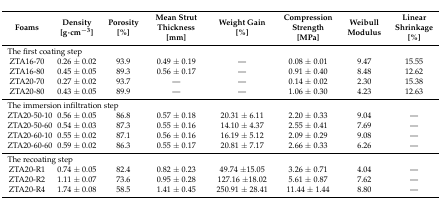
| Foams | Density [g·cm−3] | Porosity [%] | Mean Strut Thickness [mm] | Weight Gain [%] | Compression Strength [MPa] | Weibull Modulus | Linear Shrinkage [%] |
 | --- | --- | --- | --- | --- | --- | --- | --- |
 | <COLSPAN=8> The first coating step |
 | ZTA16-70 | 0.26 ± 0.02 | 93.9 | 0.49 ± 0.19 | — | 0.08 ± 0.01 | 9.47 | 15.55 |
 | ZTA16-80 | 0.45 ± 0.05 | 89.3 | 0.56 ± 0.17 | — | 0.91 ± 0.40 | 8.48 | 12.62 |
 | ZTA20-70 | 0.27 ± 0.02 | 93.7 | — | — | 0.14 ± 0.02 | 2.30 | 15.38 |
 | ZTA20-80 | 0.43 ± 0.05 | 89.9 | — | — | 1.06 ± 0.30 | 4.23 | 12.63 |
 | <COLSPAN=8> The immersion infiltration step |
 | ZTA20-50-10 | 0.56 ± 0.05 | 86.8 | 0.57 ± 0.18 | 20.31 ± 6.11 | 2.20 ± 0.33 | 9.04 | — |
 | ZTA20-50-60 | 0.54 ± 0.03 | 87.3 | 0.55 ± 0.16 | 14.10 ± 4.37 | 2.55 ± 0.41 | 7.69 | — |
 | ZTA20-60-10 | 0.55 ± 0.02 | 87.1 | 0.56 ± 0.16 | 16.19 ± 5.12 | 2.09 ± 0.29 | 9.08 | — |
 | ZTA20-60-60 | 0.59 ± 0.02 | 86.3 | 0.55 ± 0.17 | 20.81 ± 7.17 | 2.66 ± 0.33 | 6.26 | — |
 | <COLSPAN=8> The recoating step |
 | ZTA20-R1 | 0.74 ± 0.05 | 82.4 | 0.82 ± 0.23 | 49.74 ±15.05 | 3.26 ± 0.71 | 4.04 | — |
 | ZTA20-R2 | 1.11 ± 0.07 | 73.6 | 0.95 ± 0.28 | 127.16 ±18.02 | 5.61 ± 0.87 | 7.62 | — |
 | ZTA20-R4 | 1.74 ± 0.08 | 58.5 | 1.41 ± 0.45 | 250.91 ± 28.41 | 11.44 ± 1.44 | 8.80 | — |